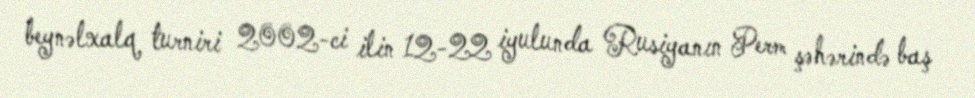
beynəlxalq turniri 2002-ci ilin 12-22 iyulunda Rusiyanın Perm şəhərində baş